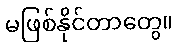
မဖြစ်နိုင်တာတွေ။